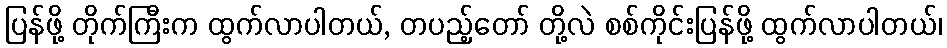
ပြန်ဖို့ တိုက်ကြီးက ထွက်လာပါတယ်, တပည့်တော် တို့လဲ စစ်ကိုင်းပြန်ဖို့ ထွက်လာပါတယ်၊